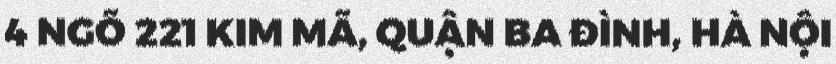
4 NGÕ 221 KIM MÃ, QUẬN BA ĐÌNH, HÀ NỘI